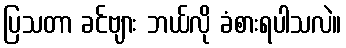
ပြသတာ ခင်ဗျား ဘယ်လို ခံစားရပါသလဲ။